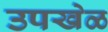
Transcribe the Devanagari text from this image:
उपखेळ